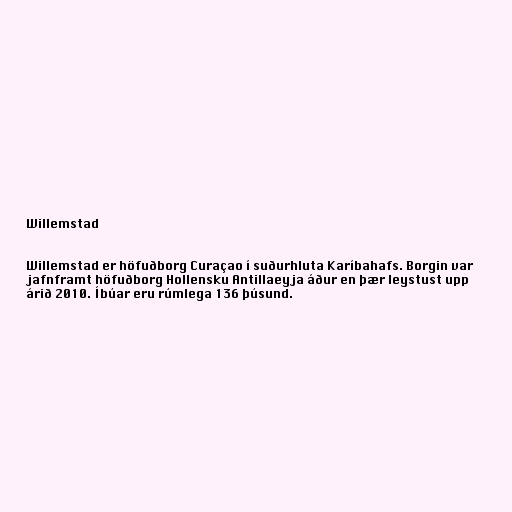
Willemstad

Willemstad er höfuðborg Curaçao í suðurhluta Karíbahafs. Borgin var
jafnframt höfuðborg Hollensku Antillaeyja áður en þær leystust upp
árið 2010. Íbúar eru rúmlega 136 þúsund.